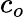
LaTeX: c_{o}